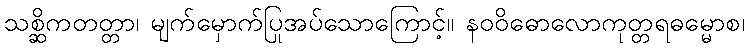
သစ္ဆိကတတ္တာ၊ မျက်မှောက်ပြုအပ်သောကြောင့်။ နဝဝိဓောလောကုတ္တရဓမ္မောစ၊